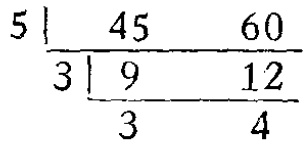
\[

\begin{array}{l|ll}

5 & 45 & 60 \\

\hline

3 & 9 & 12 \\

\hline

& 3 & 4

\end{array}

\]